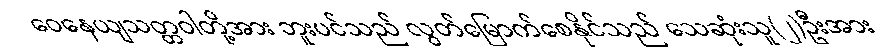
ဝေနေယျသတ္တဝါတို့အား ဘူးပင်သည် လွတ်မြောက်စေနိုင်သည် သေဆုံးသူ(၂)ဦးအား